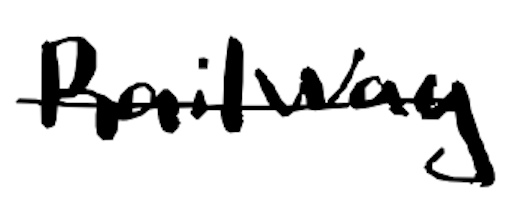
Text: Railway
Cross-out: single-line
Writing tool: digital_black